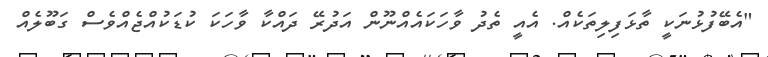
"އެބޭފުޅުނަކީ ތާޅަފިލިތަކެއް. އެއީ ތެދު ވާހަކައެއްނޫން އަދުރޭ ދައްކާ ވާހަކަ ކުޑަކުއްޖެއްވެސް ގަބޫލެއް